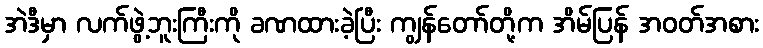
အဲဒီမှာ လက်ဖွဲ့ဘူးကြီးကို ခဏထားခဲ့ပြီး ကျွန်တော်တို့က အိမ်ပြန် အဝတ်အစား